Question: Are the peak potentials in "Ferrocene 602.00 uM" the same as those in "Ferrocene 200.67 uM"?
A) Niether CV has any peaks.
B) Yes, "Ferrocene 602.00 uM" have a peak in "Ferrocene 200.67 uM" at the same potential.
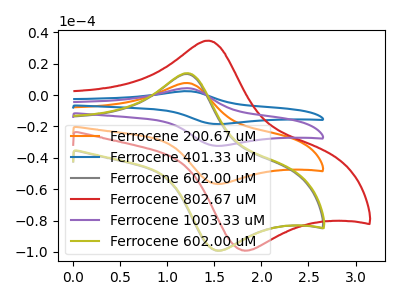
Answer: <think>The orange curve "Ferrocene 200.67 uM" has an anodic peak at (1.20V, 7.70uA) and a cathodic peak at (1.50V, -56.55uA). The blue curve "Ferrocene 401.33 uM" has an anodic peak at (1.20V, 23.10uA) and a cathodic peak at (1.50V, -169.70uA). The gray curve "Ferrocene 602.00 uM" has an anodic peak at (1.20V, 13.45uA) and a cathodic peak at (1.50V, -99.00uA). The red curve "Ferrocene 802.67 uM" has an anodic peak at (1.45V, 34.70uA) and a cathodic peak at (1.80V, -98.95uA). The purple curve "Ferrocene 1003.33 uM" has an anodic peak at (1.20V, 15.40uA) and a cathodic peak at (1.50V, -113.15uA). The olive curve "Ferrocene 602.00 uM" has an anodic peak at (1.20V, 13.95uA) and a cathodic peak at (1.50V, -99.00uA).</think>
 <answer>B) Yes, "Ferrocene 602.00 uM" have a peak in "Ferrocene 200.67 uM" at the same potential.</answer>
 <eval>B</eval>